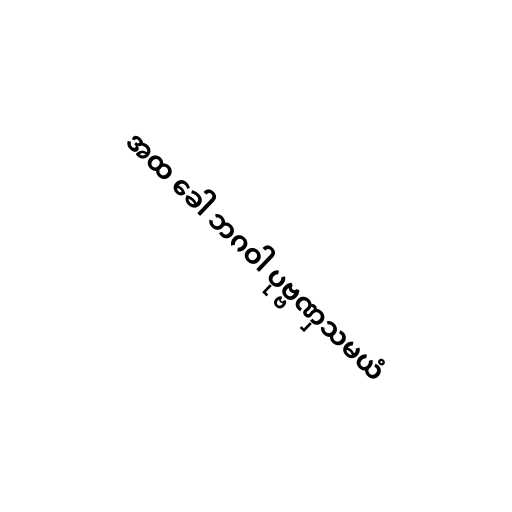
အထ ခေါ ဘဂဝါ ပုဗ္ဗဏှသမယံ